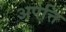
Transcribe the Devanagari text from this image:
अपत्ति